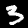
Label: 3